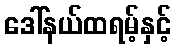
ဒေါ်နယ်ထရမ့်နှင့်